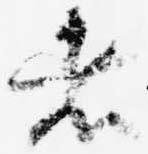
者